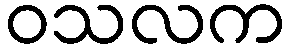
ဝသလက